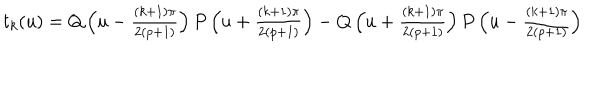
t _ { k } ( u ) = Q \left( \textstyle u - \frac { ( k + 1 ) \pi } { 2 ( p + 1 ) } \right) P \left( \textstyle u + \frac { ( k + 1 ) \pi } { 2 ( p + 1 ) } \right) - Q \left( \textstyle u + \frac { ( k + 1 ) \pi } { 2 ( p + 1 ) } \right) P \left( \textstyle u - \frac { ( k + 1 ) \pi } { 2 ( p + 1 ) } \right)